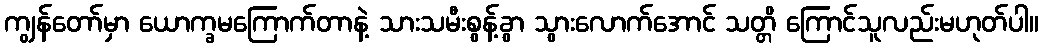
ကျွန်တော်မှာ ယောက္ခမကြောက်တာနဲ့ သားသမီးစွန့်ခွာ သွားလောက်အောင် သတ္တိ ကြောင်သူလည်းမဟုတ်ပါ။